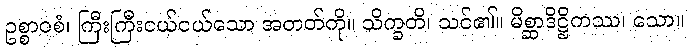
ဥစ္စာဝစံ၊ ကြီးကြီးငယ်ငယ်သော အတတ်ကို။ သိက္ခတိ၊ သင်၏။ မိစ္ဆာဒိဋ္ဌိကဿ၊ သော။